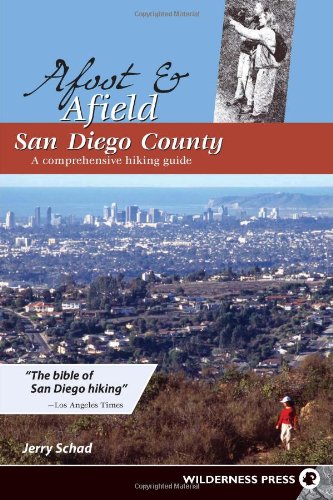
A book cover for Afoot and Afield: San Diego County: A Comprehensive Hiking Guide; Jerry Schad; Sports & Outdoors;